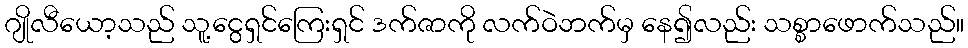
ဂျိုလီယော့သည် သူ့ငွေရှင်ကြေးရှင် ဒက်ဇာကို လက်ဝဲဘက်မှ နေ၍လည်း သစ္စာဖောက်သည်။